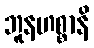
ဘူနဟစ္စာနိ